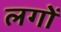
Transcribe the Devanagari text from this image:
लगों